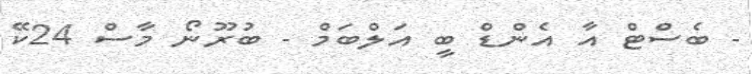
- ބެސްޓް އާ އެންޑް ބީ އަލްބަމް - ބުރޫނޯ މާސް 24ކޭ